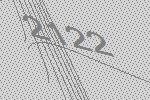
2122